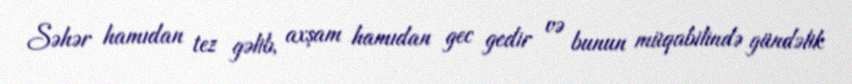
Səhər hamıdan tez gəlib, axşam hamıdan gec gedir və bunun müqabilində gündəlik